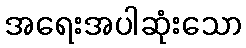
အရေးအပါဆုံးသော